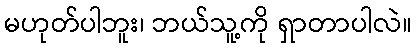
မဟုတ်ပါဘူး၊ ဘယ်သူ့ကို ရှာတာပါလဲ။